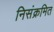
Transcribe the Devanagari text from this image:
निसंक्रमित